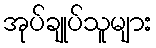
အုပ်ချုပ်သူများ